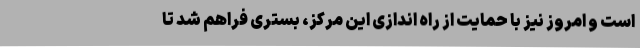
است و امروز نیز با حمایت از راه اندازی این مرکز، بستری فراهم شد تا